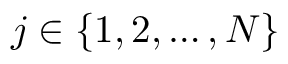
j \in \{ 1 , 2 , \dots , N \}